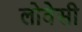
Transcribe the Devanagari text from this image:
लोवेसी